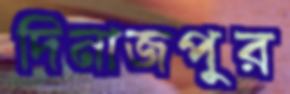
দিনাজপুর